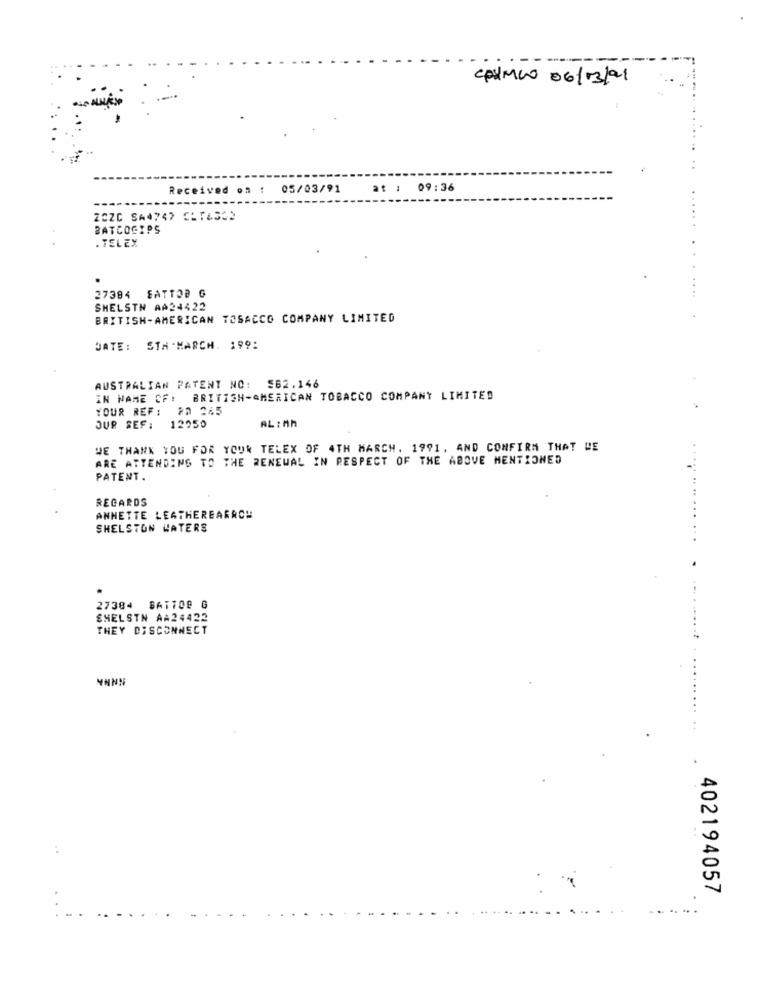
--
CPUMIO 06/03/91
Received on : 05/03/91
at : 09:36
ZCZC SA4747 CLT4332
BATCOGIPS
. TELEX
27384 FATTOB G
SHELSTN AA24422
BRITISH-AMERICAN TOSACCO COMPANY LIMITED
DATE: STA -MARCH. 199:
AUSTRALIAN PATENT NO: 562.146
IN NAME OF: BRITISH-AMERICAN TOBACCO COMPANY LIMITED
YOUR REF: #2 265
AL : Ah
OUR SEF:
12050
WE THANK YOU FOR YOUR TELEX OF 4TH MARCH. 1991. AND CONFIRM THAT WE
ARE ATTENDING TO THE RENEWAL IN RESPECT OF THE ABOVE MENTIONED
PATENT.
REGARDS
ANNETTE LEATHEREARRON
SHELSTON HATERS
27384 BATTO@ G
SHELSTN AA24422
THEY DISCONNECT
HANS
:
402194057